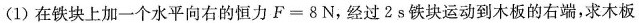
(1)在铁块上加一个水平向右的恒力$$F = 8 N$$，经过2s铁块运动到木板的右端，求木板